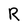
Character: R